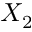
X _ { 2 }